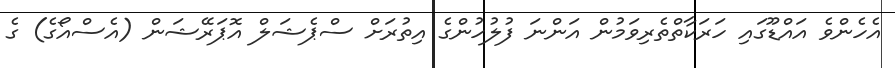
އެހެންވެ އައްޑޫގައި ހަރަކާތްތެރިވަމުން އަންނަ ފުލުހުންގެ އިތުރަށް ސްޕެޝަލް އޮޕަރޭޝަން (އެސްއޯގެ) ގެ